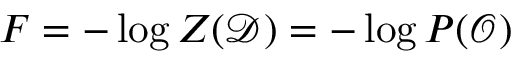
F = - \log Z ( \mathcal { D } ) = - \log P ( \mathcal { O } )